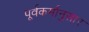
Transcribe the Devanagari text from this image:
पूर्वकर्मानुसार